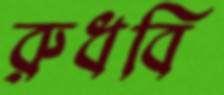
রুধবি